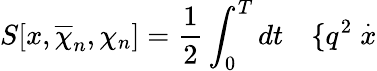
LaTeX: S[x,\overline{{{\chi}}}_{n},\chi_{n}]=\frac 12\int_{0}^{T}dt\quad\{ q^{2}\stackrel{.}{x}